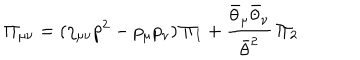
\Pi _ { \mu \nu } = ( \eta _ { \mu \nu } p ^ { 2 } - p _ { \mu } p _ { \nu } ) \, \Pi _ { 1 } + \frac { \bar { \theta } _ { \mu } \bar { \theta } _ { \nu } } { \bar { \theta } ^ { 2 } } \, \Pi _ { 2 }